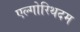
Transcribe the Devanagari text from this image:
एल्गोरिथदम